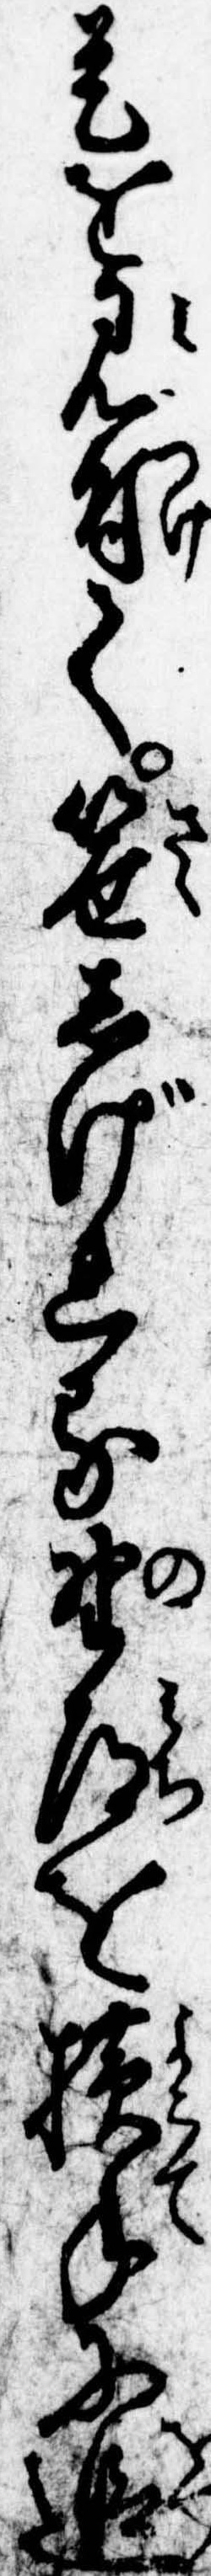
是を見付て笹しげれる野道を横手に追